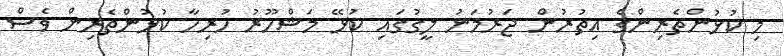
މި ކުޅުންތެރިންގެ އިތުރުން ޖަރުމަނު ލީގުގައި ކުޅޭ މަޝްހޫރު ހުރިހާ ކުޅުންތެރިން ވެސް